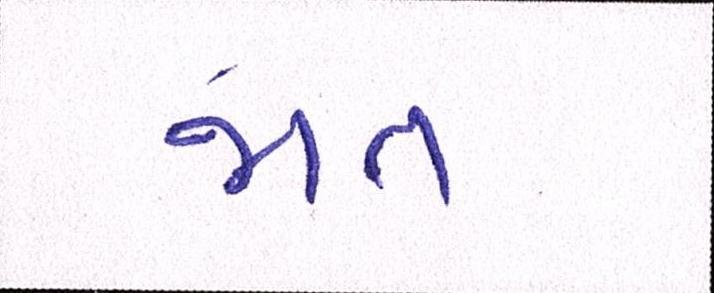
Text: જાત